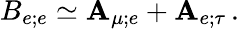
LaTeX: B_{e;e}\simeq\mathbf{A}_{\mu;e}+\mathbf{A}_{e;\tau}\, .